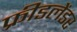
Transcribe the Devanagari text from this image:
फ्रीडलेंडर